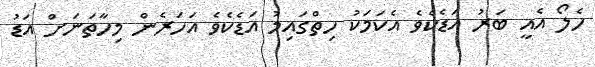
ހެލޯ އެއީ ބަރު އަޑެކެވެ އެކަމަކު ހިތްގައިމު އަޑެކެވެ އަހަރެން މިހާތަނަށް އަޑު